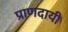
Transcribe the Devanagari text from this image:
प्राणदायी